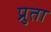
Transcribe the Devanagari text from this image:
प्रुता